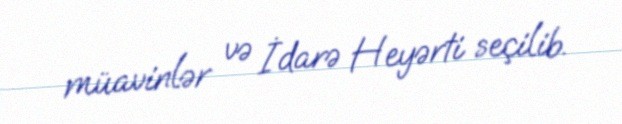
müavinlər və İdarə Heyərti seçilib.